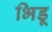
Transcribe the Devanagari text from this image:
भिडू